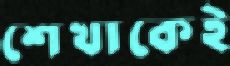
শেখাকেই